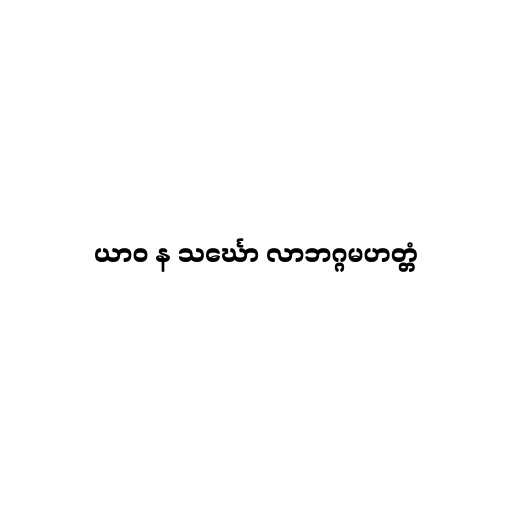
ယာဝ န သင်္ဃော လာဘဂ္ဂမဟတ္တံ